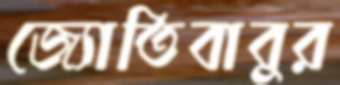
জ্যোতিবাবুর